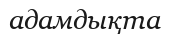
адамдықта